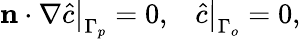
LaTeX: \left.\mathbf{n}\cdot\nabla\hat{c}\right|_{\Gamma_{p}}=0,\; \; \; \left.\hat{c}\right|_{\Gamma_{o}}=0,